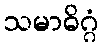
သမာဓိဂ္ဂံ